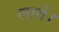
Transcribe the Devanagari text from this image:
लावें।